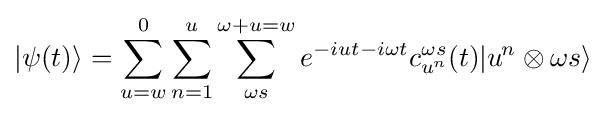
|\psi (t)\rangle =\sum _{u=w}^{0}\sum _{n=1}^{u}\sum _{\omega {}s}^{\omega +u=w}e^{-iut-i\omega {}t}c_{u\;\!\!^{n}}^{\omega {}s}(t)|u\;\!\!^{n}\otimes \omega {}s\rangle